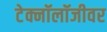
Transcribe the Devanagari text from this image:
टेक्नॉलॉजीवर